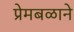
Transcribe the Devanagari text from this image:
प्रेमबळाने